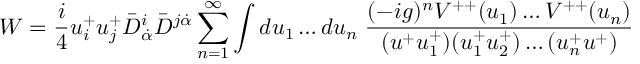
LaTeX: W = { \frac { i } { 4 } } u _ { i } ^ { + } u _ { j } ^ { + } \bar { D } _ { \dot { \alpha } } ^ { i } \bar { D } ^ { j \dot { \alpha } } \sum _ { n = 1 } ^ { \infty } \int d u _ { 1 } \ldots d u _ { n } \; { \frac { ( - i g ) ^ { n } V ^ { + + } ( u _ { 1 } ) \ldots V ^ { + + } ( u _ { n } ) } { ( u ^ { + } u _ { 1 } ^ { + } ) ( u _ { 1 } ^ { + } u _ { 2 } ^ { + } ) \ldots ( u _ { n } ^ { + } u ^ { + } ) } }